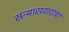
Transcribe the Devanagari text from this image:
संन्यासवादाचा